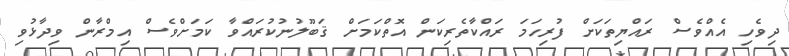
ދިވެހި އެއްވެސް ރައްޔިތަކަށް ފުރިހަމަ ރައްކާތެރިކަން އޮތްކަމަށް ޤަބޫލުނުކުރައްވާ ކަމަށްވެސް އިމްރާން ވިދާޅުވި